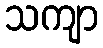
သကျာ